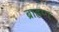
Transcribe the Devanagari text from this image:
ब्राह्रण